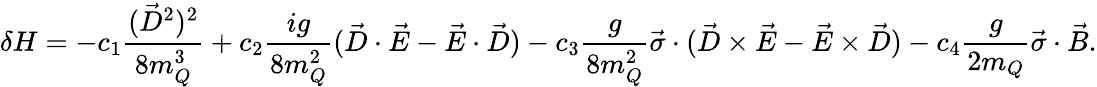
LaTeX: \delta H=-c_{1}\frac{(\vec{D}^{2})^{2}}{8m_{Q}^{3}}+c_{2}\frac{ig}{8m_{Q}^{2}}(\vec{D}\cdot\vec{E}-\vec{E}\cdot\vec{D})-c_{3}\frac{g}{8m_{Q}^{2}}\vec{\sigma}\cdot(\vec{D}\times\vec{E}-\vec{E}\times\vec{D})-c_{4}\frac{g}{2m_{Q}}\vec{\sigma}\cdot\vec{B}.